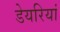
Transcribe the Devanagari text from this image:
डेयरियां